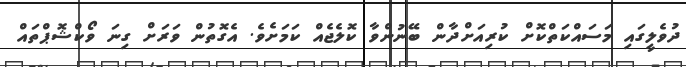
ދުވެލީގައި މަސައްކަތްކޮށް ކުރިއަށްދާން ބޭނުންވާ ކޮލެޖެއް ކަމަށެވެ. އެގޮތުން ވަރަށް ގިނަ ވޯކްޝޮޕްތައް